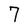
Character: 7